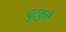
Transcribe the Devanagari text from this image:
चुट्कुले